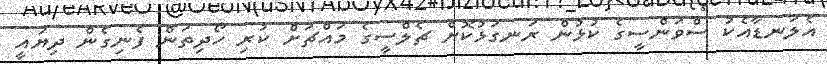
އެލަނޑާއެކު ސްވަންސީގެ ކުޅުން ރަނގަޅުކޮށް ޗެލްސީގެ މައްޗަށް ކުރި ހޯދިތަން ފެނިގެން ދިޔައީ